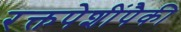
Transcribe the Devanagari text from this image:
रक्तपेशींपैकी